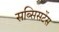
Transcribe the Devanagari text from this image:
सब्सिसटेंस